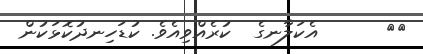
٤٠      އެކަލާނގެ  ކުރެއްވިއެވެ. ކުޑަހިނދުކޮޅަކުން